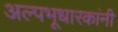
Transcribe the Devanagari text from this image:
अल्पभूधारकांनी